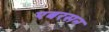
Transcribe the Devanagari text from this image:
एबरसन